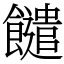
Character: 䭤